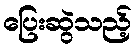
ပြေးဆွဲသည့်